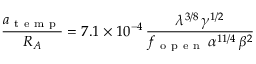
\frac { a _ { \mathrm { ~ t ~ e ~ m ~ p ~ } } } { R _ { A } } = 7 . 1 \times 1 0 ^ { - 4 } \, \frac { \lambda ^ { 3 / 8 } \, \gamma ^ { 1 / 2 } } { f _ { \mathrm { ~ o ~ p ~ e ~ n ~ } } \, \alpha ^ { 1 1 / 4 } \, \beta ^ { 2 } }